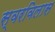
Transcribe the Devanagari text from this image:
स्वरविलास